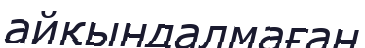
айқындалмаған